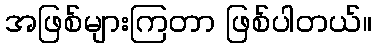
အဖြစ်များကြတာ ဖြစ်ပါတယ်။